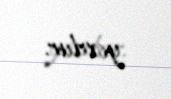
yoxdur.